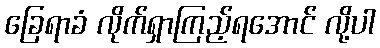
ခြေရာခံ လိုက်ရှာကြည့်ရအောင် လို့ပါ